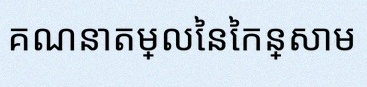
គណនាតម្លៃនៃកន្សោម